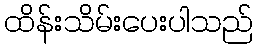
ထိန်းသိမ်းပေးပါသည်